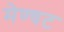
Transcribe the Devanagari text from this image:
मेण्चट